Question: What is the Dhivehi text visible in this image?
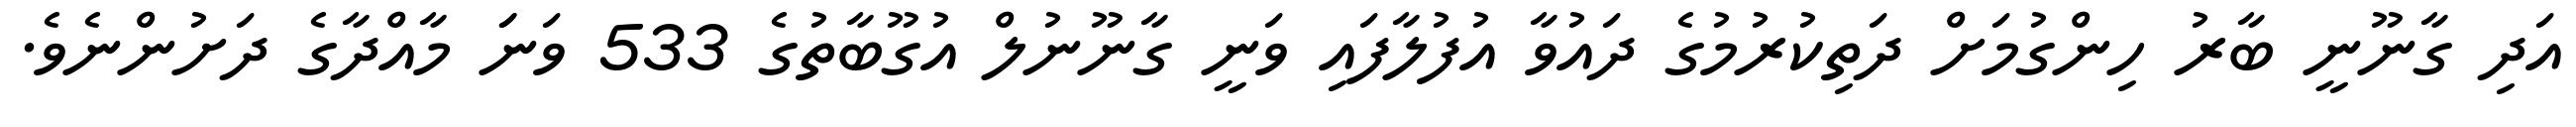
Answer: އަދި ގާނޫނީ ބާރު ހިންގުމަށް ދަތިކުރުމުގެ ދައުވާ އުފުލާފައި ވަނީ ގާނޫނުލް އުގޫބާތުގެ 533 ވަނަަ މާއްދާގެ ދަށުންނެވެ.